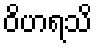
ဝိဟရသိ